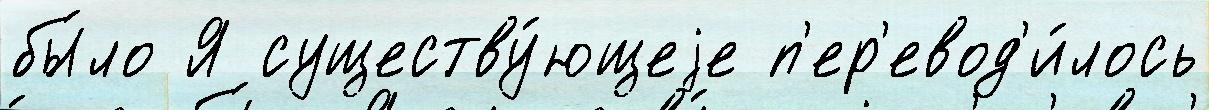
бы́ло Я существу́ющеjе п'ер'евод'и́лось